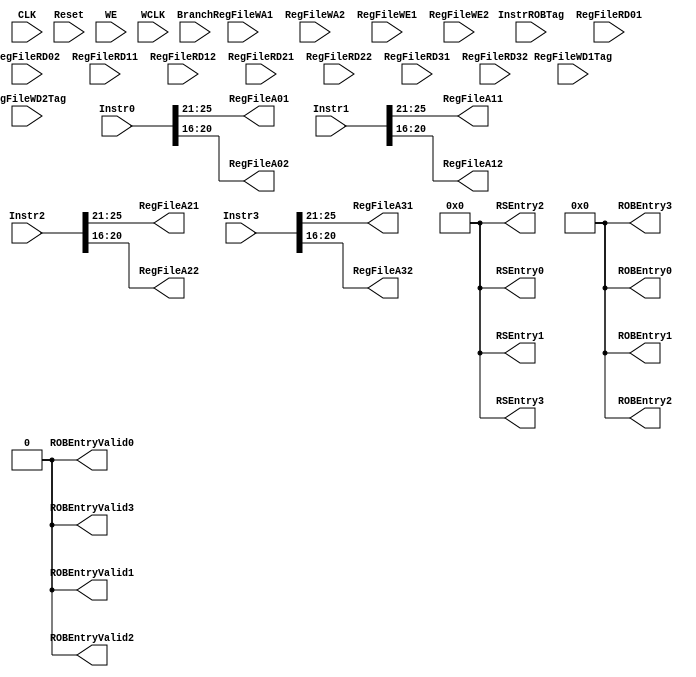

module mapping_table(
	input			CLK,
	input			Reset,
	input  [2:0]	WE,
	input			WCLK,
	input			Branch,
	input  [63:0]  	Instr0, Instr1, Instr2, Instr3,
	input  [31:0]	InstrROBTag,
	input  [31:0]	RegFileRD01, RegFileRD02, RegFileRD11, RegFileRD12, RegFileRD21, RegFileRD22, RegFileRD31, RegFileRD32,
	input  [4:0]	RegFileWA1, RegFileWA2,
	input			RegFileWE1, RegFileWE2,
	input  [31:0]	RegFileWD1Tag, RegFileWD2Tag,
	output [4:0]	RegFileA01, RegFileA02, RegFileA11, RegFileA12, RegFileA21, RegFileA22, RegFileA31, RegFileA32,
	output [143:0]	RSEntry0, RSEntry1, RSEntry2, RSEntry3,
	output [69:0]	ROBEntry0, ROBEntry1, ROBEntry2, ROBEntry3,
	output			ROBEntryValid0, ROBEntryValid1, ROBEntryValid2, ROBEntryValid3);

/****************************************************************************************/
/* 	Variables																			*/
/****************************************************************************************/
	reg    [31:0] 	table_data [0:31];
	reg				table_flag [0:31];
	wire   [31:0]	n_table_data [0:31];
	wire   [31:0]	n_table_flag;
	reg    [31:0] 	table_data_history [0:31];
	reg				table_flag_history [0:31];
	wire   [31:0] 	n_table_data_history [0:31];
	wire			n_table_flag_history [0:31];
	
	reg    [31:0]	InstrROBTag0, InstrROBTag1, InstrROBTag2, InstrROBTag3;
	reg    [143:0]	RSEntry_reg0, RSEntry_reg1, RSEntry_reg2, RSEntry_reg3;
	reg    [69:0]	ROBEntry_reg0, ROBEntry_reg1, ROBEntry_reg2, ROBEntry_reg3;
	reg				ROBEntryValid_reg0, ROBEntryValid_reg1, ROBEntryValid_reg2, ROBEntryValid_reg3;
	
	wire   [31:0]	PC0, PC1, PC2, PC3;
	wire   [5:0]	Op0, Op1, Op2, Op3;
	wire   [4:0]	Rs0, Rs1, Rs2, Rs3;
	wire   [4:0]	Rt0, Rt1, Rt2, Rt3;
	wire   [4:0]	Rd0, Rd1, Rd2, Rd3;
	wire   [15:0]	Imm0, Imm1, Imm2, Imm3;
	wire   [5:0]	Funct0, Funct1, Funct2, Funct3;
	
	reg    [31:0]	EntryTag0, EntryTag1, EntryTag2, EntryTag3;
	reg    [31:0]	EntryRs0, EntryRs1, EntryRs2, EntryRs3;
	reg    [31:0]	EntryRt0, EntryRt1, EntryRt2, EntryRt3;
	reg    [31:0]	EntryRd0, EntryRd1, EntryRd2, EntryRd3;
	reg    [31:0]	EntryImm0, EntryImm1, EntryImm2, EntryImm3;
	reg				EntryFlag0, EntryFlag1, EntryFlag2, EntryFlag3;
	reg				EntryRsFlag0, EntryRsFlag1, EntryRsFlag2, EntryRsFlag3;
	reg				EntryRtFlag0, EntryRtFlag1, EntryRtFlag2, EntryRtFlag3;
	reg				EntryRdFlag0, EntryRdFlag1, EntryRdFlag2, EntryRdFlag3;
	reg				EntryImmFlag0, EntryImmFlag1, EntryImmFlag2, EntryImmFlag3;
	
/****************************************************************************************/
/* 	Reset																				*/
/****************************************************************************************/	
	integer i;
	always@(Reset) begin
		for (i=0; i<32; i=i+1) begin 
			table_data[i] = 5'd0;
			table_flag[i] = 1'd0;
			table_data_history[i] = 5'd0;
			table_flag_history[i] = 1'd0;
		end
		EntryTag0 = 32'd0;
		EntryRs0 = 32'd0;
		EntryRt0 = 32'd0;
		EntryRd0 = 32'd0;
		EntryImm0 = 32'd0;
		EntryRsFlag0 = 0;
		EntryRtFlag0 = 0;
		EntryRdFlag0 = 0;
		EntryImmFlag0 = 0;
		RSEntry_reg0 = 144'd0;
		ROBEntry_reg0 = 70'd0;
		ROBEntryValid_reg0 = 1'd0;
		EntryTag1 = 32'd0;
		EntryRs1 = 32'd0;
		EntryRt1 = 32'd0;
		EntryRd1 = 32'd0;
		EntryImm1 = 32'd0;
		EntryRsFlag1 = 0;
		EntryRtFlag1 = 0;
		EntryRdFlag1 = 0;
		EntryImmFlag1 = 0;
		RSEntry_reg1 = 144'd0;
		ROBEntry_reg1 = 70'd0;
		ROBEntryValid_reg1 = 1'd0;
		EntryTag2 = 32'd0;
		EntryRs2 = 32'd0;
		EntryRt2 = 32'd0;
		EntryRd2 = 32'd0;
		EntryImm2 = 32'd0;
		EntryRsFlag2 = 0;
		EntryRtFlag2 = 0;
		EntryRdFlag2 = 0;
		EntryImmFlag2 = 0;
		RSEntry_reg2 = 144'd0;
		ROBEntry_reg2 = 70'd0;
		ROBEntryValid_reg2 = 1'd0;
		EntryTag3 = 32'd0;
		EntryRs3 = 32'd0;
		EntryRt3 = 32'd0;
		EntryRd3 = 32'd0;
		EntryImm3 = 32'd0;
		EntryRsFlag3 = 0;
		EntryRtFlag3 = 0;
		EntryRdFlag3 = 0;
		EntryImmFlag3 = 0;
		InstrROBTag0 = 32'd0;
		InstrROBTag1 = 32'd0;
		InstrROBTag2 = 32'd0;
		InstrROBTag3 = 32'd0;
		RSEntry_reg3 = 144'd0;
		ROBEntry_reg3 = 70'd0;
		ROBEntryValid_reg3 = 1'd0;
	end
		
/****************************************************************************************/
/* 	Output Logic																		*/
/****************************************************************************************/
	integer k;
	always@(posedge WCLK) begin
	
		if(WE>=3'd1) begin
			InstrROBTag0 = InstrROBTag;
		
			EntryFlag0 = 1'b1;
			EntryTag0 = InstrROBTag0;
			if(Op0==6'b000000) begin																//R-Type
				if(table_flag[Rs0]==1'b0) begin
					EntryRs0 = RegFileRD01;
					EntryRsFlag0 = 1'b0;
				end else begin
					EntryRs0 = table_data[Rs0];
					EntryRsFlag0 = 1'b1;
				end
				if(table_flag[Rt0]==1'b0) begin
					EntryRt0 = RegFileRD02;
					EntryRtFlag0 = 1'b0;
				end else begin
					EntryRt0 = table_data[Rt0];
					EntryRtFlag0 = 1'b1;
				end
				EntryRd0 = InstrROBTag0;
				EntryRdFlag0 = 1'b0;
				RSEntry_reg0 = {EntryFlag0, EntryTag0, Op0, EntryRsFlag0, EntryRs0, EntryRtFlag0, EntryRt0, EntryRdFlag0, EntryRd0, Funct0};
				ROBEntry_reg0 = {1'b1, InstrROBTag0, Rd0, 32'd0};
				ROBEntryValid_reg0 = 1;
				
				table_data[Rd0] = InstrROBTag0;
				table_flag[Rd0] = 1'b1;
				
			end else if(Op0==6'b000100 || Op0==6'b000101) begin										//beq, bne
				if(table_flag[Rs0]==1'b0) begin
					EntryRs0 = RegFileRD01;
					EntryRsFlag0 = 1'b0;
				end else begin
					EntryRs0 = table_data[Rs0];
					EntryRsFlag0 = 1'b1;
				end
				if(table_flag[Rt0]==1'b0) begin
					EntryRt0 = RegFileRD02;
					EntryRtFlag0 = 1'b0;
				end else begin
					EntryRt0 = table_data[Rt0];
					EntryRtFlag0 = 1'b1;
				end
				EntryImm0 = {{14{Imm0[15]}}, Imm0[15:0], 2'b00};
				EntryImm0 = EntryImm0 + PC0;
				EntryImmFlag0 = 1'b0;
				RSEntry_reg0 = {EntryFlag0, EntryTag0, Op0, EntryRsFlag0, EntryRs0, EntryRtFlag0, EntryRt0, EntryImmFlag0, EntryImm0, 6'b000000};
				ROBEntry_reg0 = {1'b1, InstrROBTag0, 5'd0, 32'd0};
				ROBEntryValid_reg0 = 1;
				
				for (k=0; k<32; k=k+1) begin 
					table_data_history[k] = table_data[k];
					table_flag_history[k] = table_flag[k];
				end
		
			end else if(Op0==6'b100011) begin														//lw
				if(table_flag[Rs0]==1'b0) begin
					EntryRs0 = RegFileRD01;
					EntryRsFlag0 = 1'b0;
				end else begin
					EntryRs0 = table_data[Rs0];
					EntryRsFlag0 = 1'b1;
				end
				EntryRt0 = InstrROBTag0;
				EntryRtFlag0 = 1'b0;
				EntryImm0 = {{16{Imm0[15]}}, Imm0[15:0]};
				EntryImmFlag0 = 1'b0;
				RSEntry_reg0 = {EntryFlag0, EntryTag0, Op0, EntryRsFlag0, EntryRs0, EntryRtFlag0, EntryRt0, EntryImmFlag0, EntryImm0, 6'b000000};
				ROBEntry_reg0 = {1'b1, InstrROBTag0, Rt0, 32'd0};
				ROBEntryValid_reg0 = 1;
				
				table_data[Rt0] = InstrROBTag0;
				table_flag[Rt0] = 1'b1;
			
			end else if(Op0==6'b101011) begin														//sw
				if(table_flag[Rs0]==1'b0) begin
					EntryRs0 = RegFileRD01;
					EntryRsFlag0 = 1'b0;
				end else begin
					EntryRs0 = table_data[Rs0];
					EntryRsFlag0 = 1'b1;
				end
				if(table_flag[Rt0]==1'b0) begin
					EntryRt0 = RegFileRD02;
					EntryRtFlag0 = 1'b0;
				end else begin
					EntryRt0 = table_data[Rt0];
					EntryRtFlag0 = 1'b1;
				end
				EntryImm0 = {{16{Imm0[15]}}, Imm0[15:0]};
				EntryImmFlag0 = 1'b0;
				RSEntry_reg0 = {EntryFlag0, EntryTag0, Op0, EntryRsFlag0, EntryRs0, EntryRtFlag0, EntryRt0, EntryImmFlag0, EntryImm0, 6'b000000};
				ROBEntry_reg0 = 70'd0;
				ROBEntryValid_reg0 = 0;
				
			end else if(Op0==6'b001000 || Op0==6'b001001 || Op0==6'b001010 || Op0==6'b001011) begin		//addi, addiu, slti, sltiu
				if(table_flag[Rs0]==1'b0) begin
					EntryRs0 = RegFileRD01;
					EntryRsFlag0 = 1'b0;
				end else begin
					EntryRs0 = table_data[Rs0];
					EntryRsFlag0 = 1'b1;
				end
				EntryRt0 = InstrROBTag0;
				EntryRtFlag0 = 1'b0;
				EntryImm0 = {{16{Imm0[15]}}, Imm0[15:0]};
				EntryImmFlag0 = 1'b0;
				RSEntry_reg0 = {EntryFlag0, EntryTag0, Op0, EntryRsFlag0, EntryRs0, EntryRtFlag0, EntryRt0, EntryImmFlag0, EntryImm0, 6'b000000};
				ROBEntry_reg0 = {1'b1, InstrROBTag0, Rt0, 32'd0};
				ROBEntryValid_reg0 = 1;
				
				table_data[Rt0] = InstrROBTag0;
				table_flag[Rt0] = 1'b1;
			
			end else if(Op0==6'b001100 || Op0==6'b001101 || Op0==6'b001110) begin						//andi, ori, xori
				if(table_flag[Rs0]==1'b0) begin
					EntryRs0 = RegFileRD01;
					EntryRsFlag0 = 1'b0;
				end else begin
					EntryRs0 = table_data[Rs0];
					EntryRsFlag0 = 1'b1;
				end
				EntryRt0 = InstrROBTag0;
				EntryRtFlag0 = 1'b0;
				EntryImm0 = {16'd0, Imm0[15:0]};
				EntryImmFlag0 = 1'b0;
				RSEntry_reg0 = {EntryFlag0, EntryTag0, Op0, EntryRsFlag0, EntryRs0, EntryRtFlag0, EntryRt0, EntryImmFlag0, EntryImm0, 6'b000000};
				ROBEntry_reg0 = {1'b1, InstrROBTag0, Rt0, 32'd0};
				ROBEntryValid_reg0 = 1;
				
				table_data[Rt0] = InstrROBTag0;
				table_flag[Rt0] = 1'b1;
			
			end else if(Op0==6'b001111) begin														//lui
				if(table_flag[Rs0]==1'b0) begin
					EntryRs0 = RegFileRD01;
					EntryRsFlag0 = 1'b0;
				end else begin
					EntryRs0 = table_data[Rs0];
					EntryRsFlag0 = 1'b1;
				end
				EntryRt0 = InstrROBTag0;
				EntryRtFlag0 = 1'b0;
				EntryImm0 = {Imm0[15:0], 16'd0};
				EntryImmFlag0 = 1'b0;
				RSEntry_reg0 = {EntryFlag0, EntryTag0, Op0, EntryRsFlag0, EntryRs0, EntryRtFlag0, EntryRt0, EntryImmFlag0, EntryImm0, 6'b000000};
				ROBEntry_reg0 = {1'b1, InstrROBTag0, Rt0, 32'd0};
				ROBEntryValid_reg0 = 1;
				
				table_data[Rt0] = InstrROBTag0;
				table_flag[Rt0] = 1'b1;
			
			end else begin
				RSEntry_reg0 = 144'd0;
				ROBEntry_reg0 = 70'd0;
				ROBEntryValid_reg0 = 0;
				
			end
		end
		
		if(WE>=3'd2) begin
			if(ROBEntryValid_reg0==0)
				InstrROBTag1 = InstrROBTag;
			else
				InstrROBTag1 = InstrROBTag+32'd1;
		
			EntryFlag1 = 1'b1;
			EntryTag1 = InstrROBTag1;
			if(Op1==6'b000000) begin																	//R-Type
				if(table_flag[Rs1]==1'b0) begin
					EntryRs1 = RegFileRD11;
					EntryRsFlag1 = 1'b0;
				end else begin
					EntryRs1 = table_data[Rs1];
					EntryRsFlag1 = 1'b1;
				end
				if(table_flag[Rt1]==1'b0) begin
					EntryRt1 = RegFileRD12;
					EntryRtFlag1 = 1'b0;
				end else begin
					EntryRt1 = table_data[Rt1];
					EntryRtFlag1 = 1'b1;
				end
				EntryRd1 = InstrROBTag1;
				EntryRdFlag1 = 1'b0;
				RSEntry_reg1 = {EntryFlag1, EntryTag1, Op1, EntryRsFlag1, EntryRs1, EntryRtFlag1, EntryRt1, EntryRdFlag1, EntryRd1, Funct1};
				ROBEntry_reg1 = {1'b1, InstrROBTag1, Rd1, 32'd0};
				ROBEntryValid_reg1 = 1;
				
				table_data[Rd1] = InstrROBTag1;
				table_flag[Rd1] = 1'b1;
				
			end else if(Op1==6'b000100 || Op1==6'b000101) begin										//beq, bne
				if(table_flag[Rs1]==1'b0) begin
					EntryRs1 = RegFileRD11;
					EntryRsFlag1 = 1'b0;
				end else begin
					EntryRs1 = table_data[Rs1];
					EntryRsFlag1 = 1'b1;
				end
				if(table_flag[Rt1]==1'b0) begin
					EntryRt1 = RegFileRD12;
					EntryRtFlag1 = 1'b0;
				end else begin
					EntryRt1 = table_data[Rt1];
					EntryRtFlag1 = 1'b1;
				end
				EntryImm1 = {{14{Imm1[15]}}, Imm1[15:0], 2'b00};
				EntryImm1 = EntryImm1 + PC1;
				EntryImmFlag1 = 1'b0;
				RSEntry_reg1 = {EntryFlag1, EntryTag1, Op1, EntryRsFlag1, EntryRs1, EntryRtFlag1, EntryRt1, EntryImmFlag1, EntryImm1, 6'b000000};
				ROBEntry_reg1 = {1'b1, InstrROBTag1, 5'd0, 32'd0};
				ROBEntryValid_reg1 = 1;
				
				for (k=0; k<32; k=k+1) begin 
					table_data_history[k] = table_data[k];
					table_flag_history[k] = table_flag[k];
				end
				
			end else if(Op1==6'b100011) begin														//lw
				if(table_flag[Rs1]==1'b0) begin
					EntryRs1 = RegFileRD11;
					EntryRsFlag1 = 1'b0;
				end else begin
					EntryRs1 = table_data[Rs1];
					EntryRsFlag1 = 1'b1;
				end
				EntryRt1 = InstrROBTag1;
				EntryRtFlag1 = 1'b0;
				EntryImm1 = {{16{Imm1[15]}}, Imm1[15:0]};
				EntryImmFlag1 = 1'b0;
				RSEntry_reg1 = {EntryFlag1, EntryTag1, Op1, EntryRsFlag1, EntryRs1, EntryRtFlag1, EntryRt1, EntryImmFlag1, EntryImm1, 6'b000000};
				ROBEntry_reg1 = {1'b1, InstrROBTag1, Rt1, 32'd0};
				ROBEntryValid_reg1 = 1;
				
				table_data[Rt1] = InstrROBTag1;
				table_flag[Rt1] = 1'b1;
			
			end else if(Op1==6'b101011) begin														//sw
				if(table_flag[Rs1]==1'b0) begin
					EntryRs1 = RegFileRD11;
					EntryRsFlag1 = 1'b0;
				end else begin
					EntryRs1 = table_data[Rs1];
					EntryRsFlag1 = 1'b1;
				end
				if(table_flag[Rt1]==1'b0) begin
					EntryRt1 = RegFileRD12;
					EntryRtFlag1 = 1'b0;
				end else begin
					EntryRt1 = table_data[Rt1];
					EntryRtFlag1 = 1'b1;
				end
				EntryImm1 = {{16{Imm1[15]}}, Imm1[15:0]};
				EntryImmFlag1 = 1'b0;
				RSEntry_reg1 = {EntryFlag1, EntryTag1, Op1, EntryRsFlag1, EntryRs1, EntryRtFlag1, EntryRt1, EntryImmFlag1, EntryImm1, 6'b000000};
				ROBEntry_reg1 = 70'd0;
				ROBEntryValid_reg1 = 0;
				
			end else if(Op1==6'b001000 || Op1==6'b001001 || Op1==6'b001010 || Op1==6'b001011) begin		//addi, addiu, slti, sltiu
				if(table_flag[Rs1]==1'b0) begin
					EntryRs1 = RegFileRD11;
					EntryRsFlag1 = 1'b0;
				end else begin
					EntryRs1 = table_data[Rs1];
					EntryRsFlag1 = 1'b1;
				end
				EntryRt1 = InstrROBTag1;
				EntryRtFlag1 = 1'b0;
				EntryImm1 = {{16{Imm1[15]}}, Imm1[15:0]};
				EntryImmFlag1 = 1'b0;
				RSEntry_reg1 = {EntryFlag1, EntryTag1, Op1, EntryRsFlag1, EntryRs1, EntryRtFlag1, EntryRt1, EntryImmFlag1, EntryImm1, 6'b000000};
				ROBEntry_reg1 = {1'b1, InstrROBTag1, Rt1, 32'd0};
				ROBEntryValid_reg1 = 1;
				
				table_data[Rt1] = InstrROBTag1;
				table_flag[Rt1] = 1'b1;
			
			end else if(Op1==6'b001100 || Op1==6'b001101 || Op1==6'b001110) begin						//andi, ori, xori
				if(table_flag[Rs1]==1'b0) begin
					EntryRs1 = RegFileRD11;
					EntryRsFlag1 = 1'b0;
				end else begin
					EntryRs1 = table_data[Rs1];
					EntryRsFlag1 = 1'b1;
				end
				EntryRt1 = InstrROBTag1;
				EntryRtFlag1 = 1'b0;
				EntryImm1 = {16'd0, Imm1[15:0]};
				EntryImmFlag1 = 1'b0;
				RSEntry_reg1 = {EntryFlag1, EntryTag1, Op1, EntryRsFlag1, EntryRs1, EntryRtFlag1, EntryRt1, EntryImmFlag1, EntryImm1, 6'b000000};
				ROBEntry_reg1 = {1'b1, InstrROBTag1, Rt1, 32'd0};
				ROBEntryValid_reg1 = 1;
				
				table_data[Rt1] = InstrROBTag1;
				table_flag[Rt1] = 1'b1;
			
			end else if(Op1==6'b001111) begin														//lui
				if(table_flag[Rs1]==1'b0) begin
					EntryRs1 = RegFileRD11;
					EntryRsFlag1 = 1'b0;
				end else begin
					EntryRs1 = table_data[Rs1];
					EntryRsFlag1 = 1'b1;
				end
				EntryRt1 = InstrROBTag1;
				EntryRtFlag1 = 1'b0;
				EntryImm1 = {Imm1[15:0], 16'd0};
				EntryImmFlag1 = 1'b0;
				RSEntry_reg1 = {EntryFlag1, EntryTag1, Op1, EntryRsFlag1, EntryRs1, EntryRtFlag1, EntryRt1, EntryImmFlag1, EntryImm1, 6'b000000};
				ROBEntry_reg1 = {1'b1, InstrROBTag1, Rt1, 32'd0};
				ROBEntryValid_reg1 = 1;
				
				table_data[Rt1] = InstrROBTag1;
				table_flag[Rt1] = 1'b1;
			
			end else begin
				RSEntry_reg1 = 144'd0;
				ROBEntry_reg1 = 70'd0;
				ROBEntryValid_reg1 = 0;
				
			end
		end
		
		if(WE>=3'd3) begin
			if(ROBEntryValid_reg0==0 && ROBEntryValid_reg1==0)
				InstrROBTag2 = InstrROBTag;
			else if((ROBEntryValid_reg0==0 && ROBEntryValid_reg1==1) || (ROBEntryValid_reg0==1 && ROBEntryValid_reg1==0))
				InstrROBTag2 = InstrROBTag+32'd1;
			else
				InstrROBTag2 = InstrROBTag+32'd2;
				
			EntryFlag2 = 1'b1;
			EntryTag2 = InstrROBTag2;
			if(Op2==6'b000000) begin																	//R-Type
				if(table_flag[Rs2]==1'b0) begin
					EntryRs2 = RegFileRD21;
					EntryRsFlag2 = 1'b0;
				end else begin
					EntryRs2 = table_data[Rs2];
					EntryRsFlag2 = 1'b1;
				end
				if(table_flag[Rt2]==1'b0) begin
					EntryRt2 = RegFileRD22;
					EntryRtFlag2 = 1'b0;
				end else begin
					EntryRt2 = table_data[Rt2];
					EntryRtFlag2 = 1'b1;
				end
				EntryRd2 = InstrROBTag2;
				EntryRdFlag2 = 1'b0;
				RSEntry_reg2 = {EntryFlag2, EntryTag2, Op2, EntryRsFlag2, EntryRs2, EntryRtFlag2, EntryRt2, EntryRdFlag2, EntryRd2, Funct2};
				ROBEntry_reg2 = {1'b1, InstrROBTag2, Rd2, 32'd0};
				ROBEntryValid_reg2 = 1;
				
				table_data[Rd2] = InstrROBTag2;
				table_flag[Rd2] = 1'b1;
				
			end else if(Op2==6'b000100 || Op2==6'b000101) begin										//beq, bne
				if(table_flag[Rs2]==1'b0) begin
					EntryRs2 = RegFileRD21;
					EntryRsFlag2 = 1'b0;
				end else begin
					EntryRs2 = table_data[Rs2];
					EntryRsFlag2 = 1'b1;
				end
				if(table_flag[Rt2]==1'b0) begin
					EntryRt2 = RegFileRD22;
					EntryRtFlag2 = 1'b0;
				end else begin
					EntryRt2 = table_data[Rt2];
					EntryRtFlag2 = 1'b1;
				end
				EntryImm2 = {{14{Imm2[15]}}, Imm2[15:0], 2'b00};
				EntryImm2 = EntryImm2 + PC2;
				EntryImmFlag2 = 1'b0;
				RSEntry_reg2 = {EntryFlag2, EntryTag2, Op2, EntryRsFlag2, EntryRs2, EntryRtFlag2, EntryRt2, EntryImmFlag2, EntryImm2, 6'b000000};
				ROBEntry_reg2 = {1'b1, InstrROBTag2, 5'd0, 32'd0};
				ROBEntryValid_reg2 = 1;
				
				for (k=0; k<32; k=k+1) begin 
					table_data_history[k] = table_data[k];
					table_flag_history[k] = table_flag[k];
				end
				
			end else if(Op2==6'b100011) begin														//lw
				if(table_flag[Rs2]==1'b0) begin
					EntryRs2 = RegFileRD21;
					EntryRsFlag2 = 1'b0;
				end else begin
					EntryRs2 = table_data[Rs2];
					EntryRsFlag2 = 1'b1;
				end
				EntryRt2 = InstrROBTag2;
				EntryRtFlag2 = 1'b0;
				EntryImm2 = {{16{Imm2[15]}}, Imm2[15:0]};
				EntryImmFlag2 = 1'b0;
				RSEntry_reg2 = {EntryFlag2, EntryTag2, Op2, EntryRsFlag2, EntryRs2, EntryRtFlag2, EntryRt2, EntryImmFlag2, EntryImm2, 6'b000000};
				ROBEntry_reg2 = {1'b1, InstrROBTag2, Rt2, 32'd0};
				ROBEntryValid_reg2 = 1;
				
				table_data[Rt2] = InstrROBTag2;
				table_flag[Rt2] = 1'b1;
			
			end else if(Op2==6'b101011) begin														//sw
				if(table_flag[Rs2]==1'b0) begin
					EntryRs2 = RegFileRD21;
					EntryRsFlag2 = 1'b0;
				end else begin
					EntryRs2 = table_data[Rs2];
					EntryRsFlag2 = 1'b1;
				end
				if(table_flag[Rt2]==1'b0) begin
					EntryRt2 = RegFileRD22;
					EntryRtFlag2 = 1'b0;
				end else begin
					EntryRt2 = table_data[Rt2];
					EntryRtFlag2 = 1'b1;
				end
				EntryImm2 = {{16{Imm2[15]}}, Imm2[15:0]};
				EntryImmFlag2 = 1'b0;
				RSEntry_reg2 = {EntryFlag2, EntryTag2, Op2, EntryRsFlag2, EntryRs2, EntryRtFlag2, EntryRt2, EntryImmFlag2, EntryImm2, 6'b000000};
				ROBEntry_reg2 = 70'd0;
				ROBEntryValid_reg2 = 0;
				
			end else if(Op2==6'b001000 || Op2==6'b001001 || Op2==6'b001010 || Op2==6'b001011) begin		//addi, addiu, slti, sltiu
				if(table_flag[Rs2]==1'b0) begin
					EntryRs2 = RegFileRD21;
					EntryRsFlag2 = 1'b0;
				end else begin
					EntryRs2 = table_data[Rs2];
					EntryRsFlag2 = 1'b1;
				end
				EntryRt2 = InstrROBTag2;
				EntryRtFlag2 = 1'b0;
				EntryImm2 = {{16{Imm2[15]}}, Imm2[15:0]};
				EntryImmFlag2 = 1'b0;
				RSEntry_reg2 = {EntryFlag2, EntryTag2, Op2, EntryRsFlag2, EntryRs2, EntryRtFlag2, EntryRt2, EntryImmFlag2, EntryImm2, 6'b000000};
				ROBEntry_reg2 = {1'b1, InstrROBTag2, Rt2, 32'd0};
				ROBEntryValid_reg2 = 1;
				
				table_data[Rt2] = InstrROBTag2;
				table_flag[Rt2] = 1'b1;
			
			end else if(Op2==6'b001100 || Op2==6'b001101 || Op2==6'b001110) begin						//andi, ori, xori
				if(table_flag[Rs2]==1'b0) begin
					EntryRs2 = RegFileRD21;
					EntryRsFlag2 = 1'b0;
				end else begin
					EntryRs2 = table_data[Rs2];
					EntryRsFlag2 = 1'b1;
				end
				EntryRt2 = InstrROBTag2;
				EntryRtFlag2 = 1'b0;
				EntryImm2 = {16'd0, Imm2[15:0]};
				EntryImmFlag2 = 1'b0;
				RSEntry_reg2 = {EntryFlag2, EntryTag2, Op2, EntryRsFlag2, EntryRs2, EntryRtFlag2, EntryRt2, EntryImmFlag2, EntryImm2, 6'b000000};
				ROBEntry_reg2 = {1'b1, InstrROBTag2, Rt2, 32'd0};
				ROBEntryValid_reg2 = 1;
				
				table_data[Rt2] = InstrROBTag2;
				table_flag[Rt2] = 1'b1;
			
			end else if(Op2==6'b001111) begin														//lui
				if(table_flag[Rs2]==1'b0) begin
					EntryRs2 = RegFileRD21;
					EntryRsFlag2 = 1'b0;
				end else begin
					EntryRs2 = table_data[Rs2];
					EntryRsFlag2 = 1'b1;
				end
				EntryRt2 = InstrROBTag2;
				EntryRtFlag2 = 1'b0;
				EntryImm2 = {Imm2[15:0], 16'd0};
				EntryImmFlag2 = 1'b0;
				RSEntry_reg2 = {EntryFlag2, EntryTag2, Op2, EntryRsFlag2, EntryRs2, EntryRtFlag2, EntryRt2, EntryImmFlag2, EntryImm2, 6'b000000};
				ROBEntry_reg2 = {1'b1, InstrROBTag2, Rt2, 32'd0};
				ROBEntryValid_reg2 = 1;
				
				table_data[Rt2] = InstrROBTag2;
				table_flag[Rt2] = 1'b1;
			
			end else begin
				RSEntry_reg2 = 144'd0;
				ROBEntry_reg2 = 70'd0;
				ROBEntryValid_reg2 = 0;
				
			end
		end

		if(WE>=3'd4) begin
			if((ROBEntryValid_reg0==0 && ROBEntryValid_reg1==0 && ROBEntryValid_reg1==0))
				InstrROBTag3 = InstrROBTag;
			else if((ROBEntryValid_reg0==1 && ROBEntryValid_reg1==0 && ROBEntryValid_reg1==0) || (ROBEntryValid_reg0==0 && ROBEntryValid_reg1==1 && ROBEntryValid_reg1==0) || (ROBEntryValid_reg0==0 && ROBEntryValid_reg1==0 && ROBEntryValid_reg1==1))
				InstrROBTag3 = InstrROBTag+32'd1;
			else if((ROBEntryValid_reg0==1 && ROBEntryValid_reg1==1 && ROBEntryValid_reg1==0) || (ROBEntryValid_reg0==1 && ROBEntryValid_reg1==0 && ROBEntryValid_reg1==1) || (ROBEntryValid_reg0==0 && ROBEntryValid_reg1==1 && ROBEntryValid_reg1==1))
				InstrROBTag3 = InstrROBTag+32'd2;
			else
				InstrROBTag3 = InstrROBTag+32'd3;
			
			EntryFlag3 = 1'b1;
			EntryTag3 = InstrROBTag3;
			if(Op3==6'b000000) begin																	//R-Type
				if(table_flag[Rs3]==1'b0) begin
					EntryRs3 = RegFileRD31;
					EntryRsFlag3 = 1'b0;
				end else begin
					EntryRs3 = table_data[Rs3];
					EntryRsFlag3 = 1'b1;
				end
				if(table_flag[Rt3]==1'b0) begin
					EntryRt3 = RegFileRD32;
					EntryRtFlag3 = 1'b0;
				end else begin
					EntryRt3 = table_data[Rt3];
					EntryRtFlag3 = 1'b1;
				end
				EntryRd3 = InstrROBTag3;
				EntryRdFlag3 = 1'b0;
				RSEntry_reg3 = {EntryFlag3, EntryTag3, Op3, EntryRsFlag3, EntryRs3, EntryRtFlag3, EntryRt3, EntryRdFlag3, EntryRd3, Funct3};
				ROBEntry_reg3 = {1'b1, InstrROBTag3, Rd3, 32'd0};
				ROBEntryValid_reg3 = 1;
				
				table_data[Rd3] = InstrROBTag3;
				table_flag[Rd3] = 1'b1;
				
			end else if(Op3==6'b000100 || Op3==6'b000101) begin										//beq, bne
				if(table_flag[Rs3]==1'b0) begin
					EntryRs3 = RegFileRD31;
					EntryRsFlag3 = 1'b0;
				end else begin
					EntryRs3 = table_data[Rs3];
					EntryRsFlag3 = 1'b1;
				end
				if(table_flag[Rt3]==1'b0) begin
					EntryRt3 = RegFileRD32;
					EntryRtFlag3 = 1'b0;
				end else begin
					EntryRt3 = table_data[Rt3];
					EntryRtFlag3 = 1'b1;
				end
				EntryImm3 = {{14{Imm3[15]}}, Imm3[15:0], 2'b00};
				EntryImm3 = EntryImm3 + PC3;
				EntryImmFlag3 = 1'b0;
				RSEntry_reg3 = {EntryFlag3, EntryTag3, Op3, EntryRsFlag3, EntryRs3, EntryRtFlag3, EntryRt3, EntryImmFlag3, EntryImm3, 6'b000000};
				ROBEntry_reg3 = {1'b1, InstrROBTag3, 5'd0, 32'd0};
				ROBEntryValid_reg3 = 1;
				
				for (k=0; k<32; k=k+1) begin 
					table_data_history[k] = table_data[k];
					table_flag_history[k] = table_flag[k];
				end
				
			end else if(Op3==6'b100011) begin														//lw
				if(table_flag[Rs3]==1'b0) begin
					EntryRs3 = RegFileRD31;
					EntryRsFlag3 = 1'b0;
				end else begin
					EntryRs3 = table_data[Rs3];
					EntryRsFlag3 = 1'b1;
				end
				EntryRt3 = InstrROBTag3;
				EntryRtFlag3 = 1'b0;
				EntryImm3 = {{16{Imm3[15]}}, Imm3[15:0]};
				EntryImmFlag3 = 1'b0;
				RSEntry_reg3 = {EntryFlag3, EntryTag3, Op3, EntryRsFlag3, EntryRs3, EntryRtFlag3, EntryRt3, EntryImmFlag3, EntryImm3, 6'b000000};
				ROBEntry_reg3 = {1'b1, InstrROBTag3, Rt3, 32'd0};
				ROBEntryValid_reg3 = 1;
				
				table_data[Rt3] = InstrROBTag3;
				table_flag[Rt3] = 1'b1;
			
			end else if(Op3==6'b101011) begin														//sw
				if(table_flag[Rs3]==1'b0) begin
					EntryRs3 = RegFileRD31;
					EntryRsFlag3 = 1'b0;
				end else begin
					EntryRs3 = table_data[Rs3];
					EntryRsFlag3 = 1'b1;
				end
				if(table_flag[Rt3]==1'b0) begin
					EntryRt3 = RegFileRD32;
					EntryRtFlag3 = 1'b0;
				end else begin
					EntryRt3 = table_data[Rt3];
					EntryRtFlag3 = 1'b1;
				end
				EntryImm3 = {{16{Imm3[15]}}, Imm3[15:0]};
				EntryImmFlag3 = 1'b0;
				RSEntry_reg3 = {EntryFlag3, EntryTag3, Op3, EntryRsFlag3, EntryRs3, EntryRtFlag3, EntryRt3, EntryImmFlag3, EntryImm3, 6'b000000};
				ROBEntry_reg3 = 70'd0;
				ROBEntryValid_reg3 = 0;
				
			end else if(Op3==6'b001000 || Op3==6'b001001 || Op3==6'b001010 || Op3==6'b001011) begin		//addi, addiu, slti, sltiu
				if(table_flag[Rs3]==1'b0) begin
					EntryRs3 = RegFileRD31;
					EntryRsFlag3 = 1'b0;
				end else begin
					EntryRs3 = table_data[Rs3];
					EntryRsFlag3 = 1'b1;
				end
				EntryRt3 = InstrROBTag3;
				EntryRtFlag3 = 1'b0;
				EntryImm3 = {{16{Imm3[15]}}, Imm3[15:0]};
				EntryImmFlag3 = 1'b0;
				RSEntry_reg3 = {EntryFlag3, EntryTag3, Op3, EntryRsFlag3, EntryRs3, EntryRtFlag3, EntryRt3, EntryImmFlag3, EntryImm3, 6'b000000};
				ROBEntry_reg3 = {1'b1, InstrROBTag3, Rt3, 32'd0};
				ROBEntryValid_reg3 = 1;
				
				table_data[Rt3] = InstrROBTag3;
				table_flag[Rt3] = 1'b1;
			
			end else if(Op3==6'b001100 || Op3==6'b001101 || Op3==6'b001110) begin						//andi, ori, xori
				if(table_flag[Rs3]==1'b0) begin
					EntryRs3 = RegFileRD31;
					EntryRsFlag3 = 1'b0;
				end else begin
					EntryRs3 = table_data[Rs3];
					EntryRsFlag3 = 1'b1;
				end
				EntryRt3 = InstrROBTag3;
				EntryRtFlag3 = 1'b0;
				EntryImm3 = {16'd0, Imm3[15:0]};
				EntryImmFlag3 = 1'b0;
				RSEntry_reg3 = {EntryFlag3, EntryTag3, Op3, EntryRsFlag3, EntryRs3, EntryRtFlag3, EntryRt3, EntryImmFlag3, EntryImm3, 6'b000000};
				ROBEntry_reg3 = {1'b1, InstrROBTag3, Rt3, 32'd0};
				ROBEntryValid_reg3 = 1;
				
				table_data[Rt3] = InstrROBTag3;
				table_flag[Rt3] = 1'b1;
			
			end else if(Op3==6'b001111) begin														//lui
				if(table_flag[Rs3]==1'b0) begin
					EntryRs3 = RegFileRD31;
					EntryRsFlag3 = 1'b0;
				end else begin
					EntryRs3 = table_data[Rs3];
					EntryRsFlag3 = 1'b1;
				end
				EntryRt3 = InstrROBTag3;
				EntryRtFlag3 = 1'b0;
				EntryImm3 = {Imm3[15:0], 16'd0};
				EntryImmFlag3 = 1'b0;
				RSEntry_reg3 = {EntryFlag3, EntryTag3, Op3, EntryRsFlag3, EntryRs3, EntryRtFlag3, EntryRt3, EntryImmFlag3, EntryImm3, 6'b000000};
				ROBEntry_reg3 = {1'b1, InstrROBTag3, Rt3, 32'd0};
				ROBEntryValid_reg3 = 1;
				
				table_data[Rt3] = InstrROBTag3;
				table_flag[Rt3] = 1'b1;
			
			end else begin
				RSEntry_reg3 = 144'd0;
				ROBEntry_reg3 = 70'd0;
				ROBEntryValid_reg3 = 0;
				
			end
		end
		
		table_data[5'd0] = 32'd0;
		table_flag[5'd0] = 1'b0;
			
	end
	
	assign PC0 = Instr0[63:32];
	assign PC1 = Instr1[63:32];
	assign PC2 = Instr2[63:32];
	assign PC3 = Instr3[63:32];
	assign Op0 = Instr0[31:26];
	assign Op1 = Instr1[31:26];
	assign Op2 = Instr2[31:26];
	assign Op3 = Instr3[31:26];
	assign Rs0 = Instr0[25:21];
	assign Rs1 = Instr1[25:21];
	assign Rs2 = Instr2[25:21];
	assign Rs3 = Instr3[25:21];
	assign Rt0 = Instr0[20:16];
	assign Rt1 = Instr1[20:16];
	assign Rt2 = Instr2[20:16];
	assign Rt3 = Instr3[20:16];
	assign Rd0 = Instr0[15:11];
	assign Rd1 = Instr1[15:11];
	assign Rd2 = Instr2[15:11];
	assign Rd3 = Instr3[15:11];
	assign Imm0 = Instr0[15:0];
	assign Imm1 = Instr1[15:0];
	assign Imm2 = Instr2[15:0];
	assign Imm3 = Instr3[15:0];
	assign Funct0 = Instr0[5:0];
	assign Funct1 = Instr1[5:0];
	assign Funct2 = Instr2[5:0];
	assign Funct3 = Instr3[5:0];

/****************************************************************************************/
/* 	Rollback, When Branch Happens														*/
/****************************************************************************************/
	integer l;
	always@(posedge Branch) begin
		if(Branch) begin
			for (k=0; k<32; k=k+1) begin 
				if(!(table_data[k]==32'd0&&table_flag[k]==1'd0)) begin
					table_data[k] = table_data_history[k];
					table_flag[k] = table_flag_history[k];
				end
			end
		end
	
	end
	
/****************************************************************************************/
/* 	Table Update																		*/
/****************************************************************************************/	
	always@(posedge CLK) begin
		if(RegFileWE1==1) begin
			if(RegFileWD1Tag==table_data[RegFileWA1]) begin
				table_data[RegFileWA1] = 32'd0;
				table_flag[RegFileWA1] = 1'd0;
			end
		end
		if(RegFileWE2==1) begin
			if(RegFileWD2Tag==table_data[RegFileWA2]) begin
				table_data[RegFileWA2] = 32'd0;
				table_flag[RegFileWA2] = 1'd0;
			end
		end
		
		table_data[5'd0] = 32'd0;
		table_flag[5'd0] = 1'b0;
		
	end

/****************************************************************************************/
/* 	Output Assignments																	*/
/****************************************************************************************/
	assign RegFileA01 = Rs0;
	assign RegFileA02 = Rt0;
	assign RegFileA11 = Rs1;
	assign RegFileA12 = Rt1;
	assign RegFileA21 = Rs2;
	assign RegFileA22 = Rt2;
	assign RegFileA31 = Rs3;
	assign RegFileA32 = Rt3;
	
	assign RSEntry0 = RSEntry_reg0;
	assign RSEntry1 = RSEntry_reg1;
	assign RSEntry2 = RSEntry_reg2;
	assign RSEntry3 = RSEntry_reg3;

	assign ROBEntry0 = ROBEntry_reg0;
	assign ROBEntry1 = ROBEntry_reg1;
	assign ROBEntry2 = ROBEntry_reg2;
	assign ROBEntry3 = ROBEntry_reg3;
	assign ROBEntryValid0 = ROBEntryValid_reg0;
	assign ROBEntryValid1 = ROBEntryValid_reg1;
	assign ROBEntryValid2 = ROBEntryValid_reg2;
	assign ROBEntryValid3 = ROBEntryValid_reg3;
	
	genvar j;        
	generate        
		for (j = 0; j < 32 ; j=j+1) begin     
		  assign n_table_data[j] = table_data[j];
		  assign n_table_flag[j] = table_flag[j];
		  assign n_table_data_history[j] = table_data_history[j];
		  assign n_table_flag_history[j] = table_flag_history[j];
		end
	endgenerate

endmodule